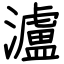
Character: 瀘